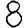
Digit: 8